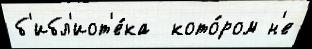
б'ибл'иот'е́ка  кото́ром н'е